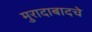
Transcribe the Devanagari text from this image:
मुरादाबादचे